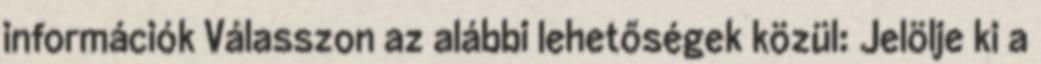
információk Válasszon az alábbi lehetőségek közül: Jelölje ki a